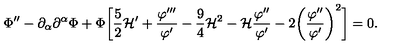
\Phi ^ { \prime \prime } - \partial _ { \alpha } \partial ^ { \alpha } \Phi + \Phi \biggl [ \frac { 5 } { 2 } { \cal H } ^ { \prime } + \frac { \varphi ^ { \prime \prime \prime } } { \varphi ^ { \prime } } - \frac { 9 } { 4 } { \cal H } ^ { 2 } - { \cal H } \frac { \varphi ^ { \prime \prime } } { \varphi ^ { \prime } } - 2 \biggl ( \frac { \varphi ^ { \prime \prime } } { \varphi ^ { \prime } } \biggr ) ^ { 2 } \biggr ] = 0 .